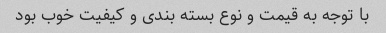
با توجه به قیمت و نوع بسته بندی و کیفیت خوب بود